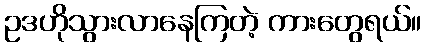
ဥဒဟိုသွားလာနေကြတဲ့ ကားတွေရယ်။